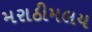
મરાઠીમલય